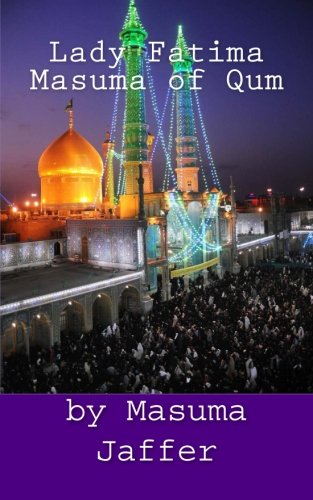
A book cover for Lady Fatima Masuma of Qum; Masuma Jaffer; Religion & Spirituality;